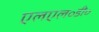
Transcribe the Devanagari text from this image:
एलएल॰डी॰